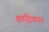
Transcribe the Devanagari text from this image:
क्वाद्रिकप्टर